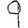
Digit: 9